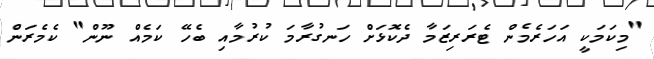
"މިކަމަކީ އަހަރެމެން ޓެރަރިޒަމާ ދެކޮޅަށް ހަނގުރާމަ ކުރުމާއި ބެހޭ ކަމެއް ނޫން" ކެެމެރަން